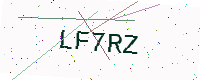
Text: LF7RZ